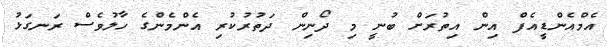
އެމްއެންޑީއެފް އިން އިތުރަށް ބުނީ މި ދޯނިން ދަތުރުކުރި އެންމެންގެ ހާލުވެސް ރަނގަޅު